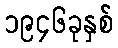
၁၉၄၆ခုနှစ်